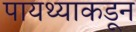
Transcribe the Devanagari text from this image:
पायथ्याकडून